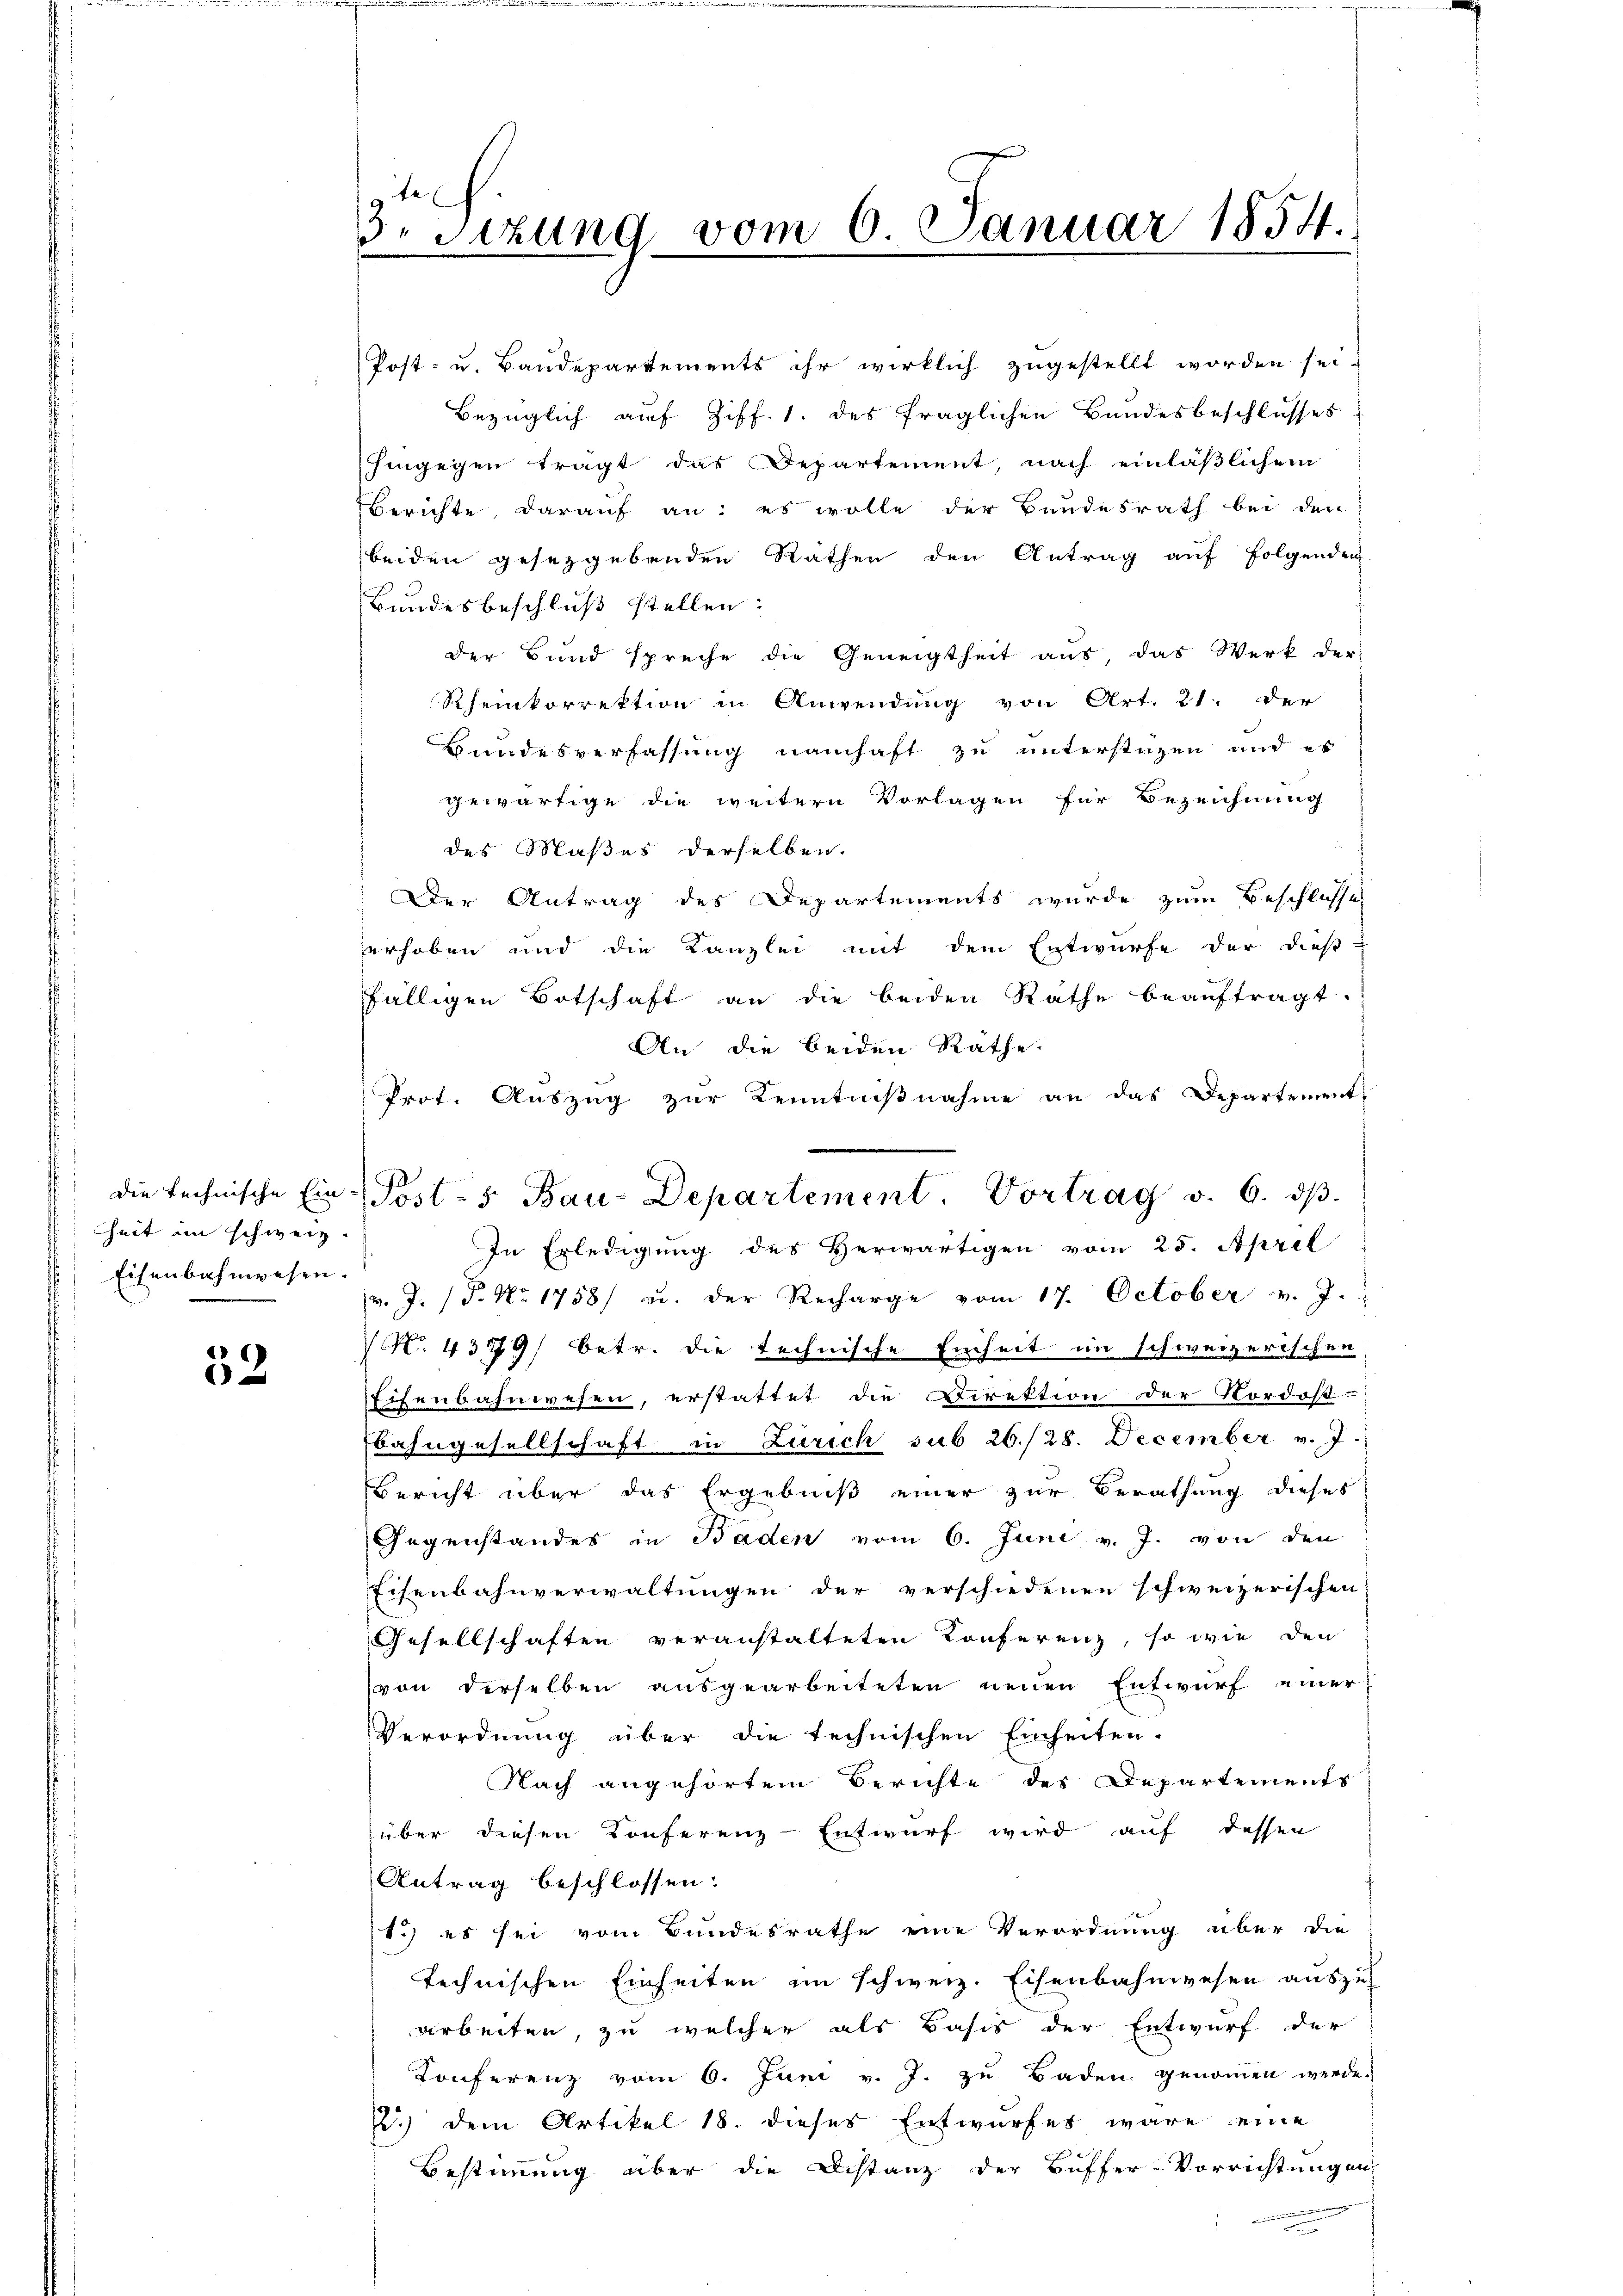
Zeit in schweiz
Eisenbahnwesen.

52

3. Sitzung vom 6. Januar 1854.

Post- u. Baudepartements ihr wirklich zugestellt worden sei.
Bezüglich auf Ziff. 1. des fraglichen Bundesbeschlusses
hingegen tragt das Departement, nach einläßlichem
Berichte, darauf an: es wolle der Bundesrath bei den
beiden gesetzgebenden Räthen den Antrag auf folgenden
Bundesbeschluß stellen.
der Bund spreche die Geneigtheit aus das Werk der
Rheinkorrektion in Anwendung von Art. 21. der
Bundesverfassung namhaft zu unterstüzen und es
gewärtige die weitern Vorlagen für Bezeichnung
des Maßes derselben.
Der Antrag des Departements wurde zum Beschlusses
erhoben und die Kanzlei mit dem Entwurfe der dieß-
fälligen Botschaft an die beiden Rathe beaŭftragt.
An die beiden Räthe.
Prot. Auszug zur Kenntnißnahme an das Departement-
In Erledigung des Herwärtigen vom 25. April
v. J. P. Nr. 1758) u. der Recharge vom 17. October v. J.
No. 4379, betr. die technische Einheit im schweizerischen
Eisenbahnwesen, erstattet die Direktion der Nordost
Ebahngesellschaft in Zürich sub 26./28. December v. J.
Bericht über das Ergebniß einer zur Berathung dieses
Gegenstandes in Baden vom 6. Juni v. J. von den
Eisenbahnverwaltungen der verschiedenen schweizerischen
Gesellschaften veranstalteten Konferenz, so wie den
von derselben ausgearbeiteten neuen Entwurf einer
Verordnung über die technischen Einheiten.
Nach angehörtem Berichte des Departements
über diesen Konferenz-Entwurf wird auf dessen
Antrag beschlossen:
1.) es sei vom Bundesrathe eine Verordnung über die
technischen Einheiten im schweiz. Eisenbahnwesen auszu
arbeiten, zu welcher als Basis der Entwurf der
Konferenz vom 6. Juni v. J. zu Baden genommen werde.
2.) dem Artikel 18. dieses Entwurfes wäre eine
Bestimmung über die Distanz der Buffer-Vorrichtungen

die technische Ein Post- & Bau-Departement. Vortrag v. 6. ds.